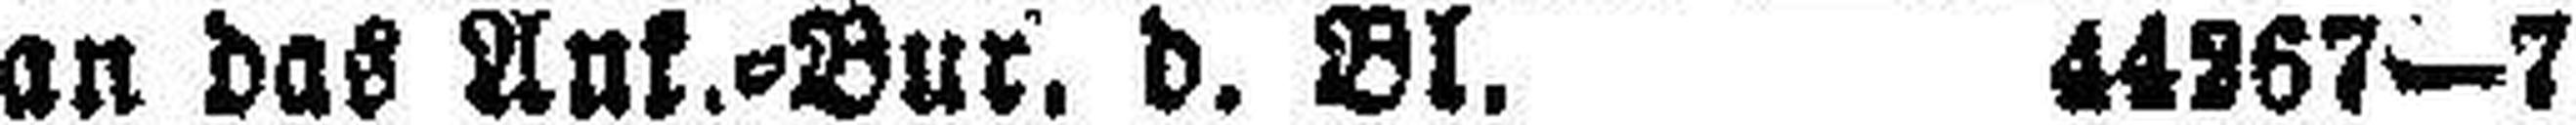
an das Ank.=Bur, d. Bl. 44267—7